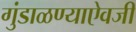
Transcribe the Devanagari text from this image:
गुंडाळण्याऐवजी